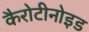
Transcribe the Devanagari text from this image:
कैरोटीनोइड